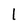
Character: 1